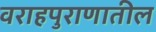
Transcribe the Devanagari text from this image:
वराहपुराणातील